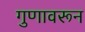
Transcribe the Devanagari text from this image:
गुणावरून